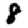
Digit: 8